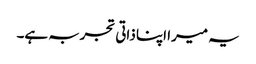
یہ میرا اپنا ذاتی تجربہ ہے۔